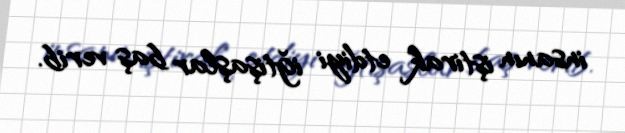
insanın iştirak etdiyi iğtişaşlar baş verib.